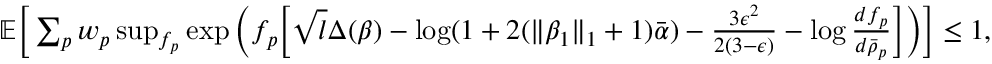
\begin{array} { r } { \mathbb { E } \Big [ \sum _ { p } w _ { p } \operatorname* { s u p } _ { f _ { p } } \exp \Big ( f _ { p } \Big [ \sqrt { l } \Delta ( \beta ) - \log ( 1 + 2 ( \| \beta _ { 1 } \| _ { 1 } + 1 ) \bar { \alpha } ) - \frac { 3 \epsilon ^ { 2 } } { 2 ( 3 - \epsilon ) } - \log \frac { d f _ { p } } { d \bar { \rho } _ { p } } \Big ] \Big ) \Big ] \leq 1 , } \end{array}